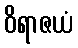
ဝိရာဇယံ